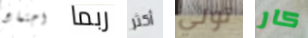
اجتماع ربما أكثر تولي كار